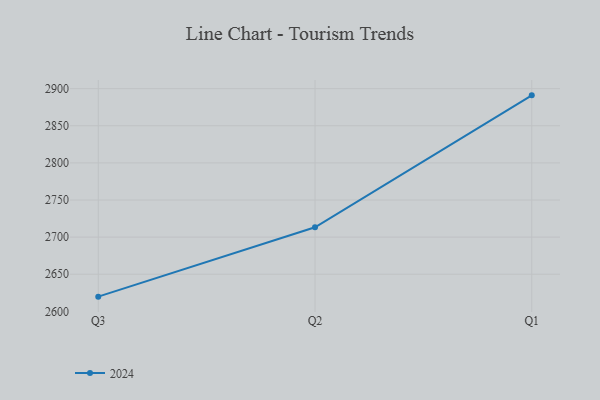
{"axis": {"x": "Quarter", "y": "Humidity (%)"}, "legend": ["2024"], "data": [{"x": "Q3", "y": 2619.8, "type": "2024"}, {"x": "Q2", "y": 2713.3, "type": "2024"}, {"x": "Q1", "y": 2891.0, "type": "2024"}]}